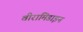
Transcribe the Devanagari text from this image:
वीरामिडाइन